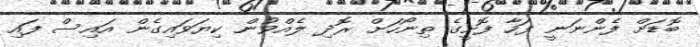
ބޮޑަށް ފެންނަނީ ފަހާ ފޮށީގެ ތިނޯހަށް ރޮދި ލެއްވުން ކިޔަވައިގެން އައިސް ފައި